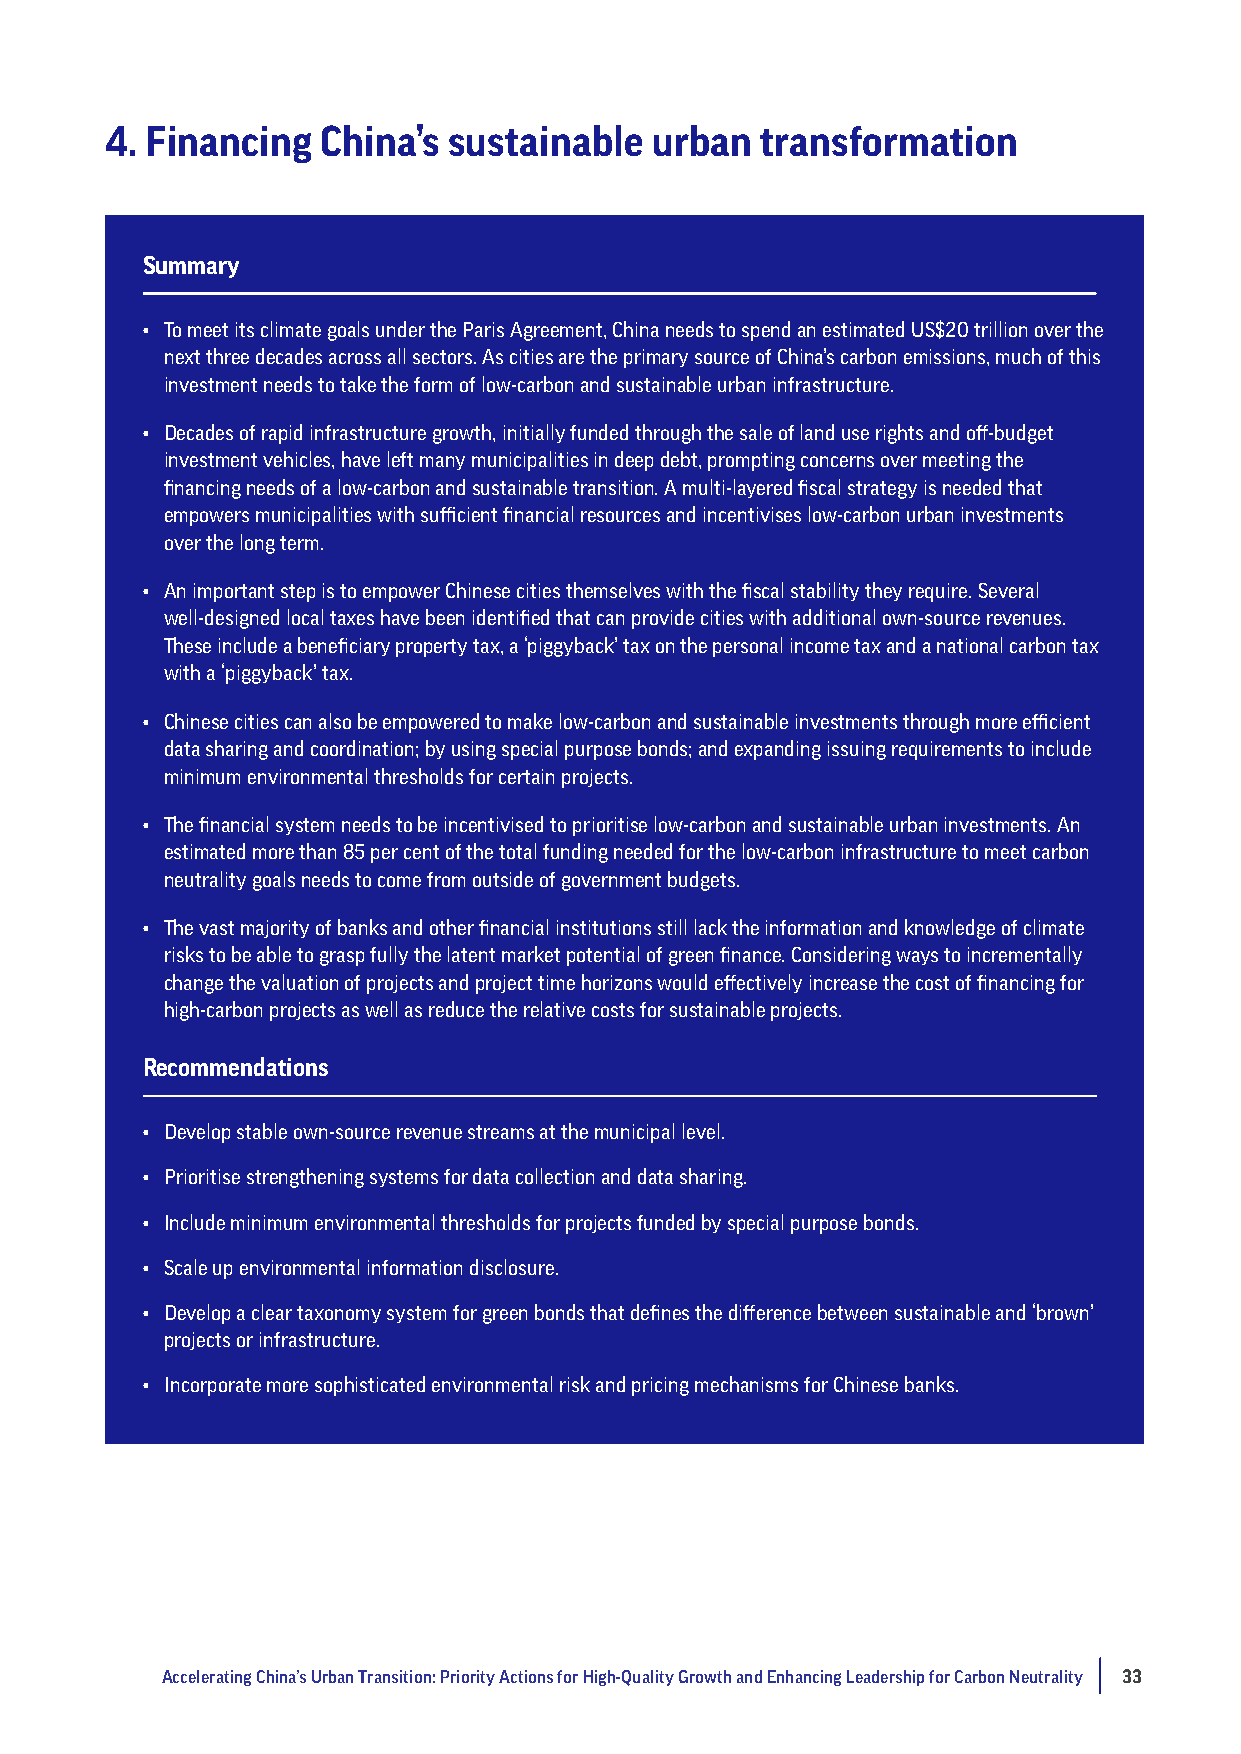
4. Financing  China’s  sustainable  urban  transformation
 Summary
 • To meet its climate goals under the Paris Agreement, China needs to spend an estimated US$20 trillion over the
 next three decades across all sectors. As cities are the primary source of China’s carbon emissions, much of this
 investment needs to take the form of low-carbon and sustainable urban infrastructure.
 • Decades of rapid infrastructure growth, initially funded through the sale of land use rights and off-budget
 investment vehicles, have left many municipalities in deep debt, prompting concerns over meeting the
 financing needs of a low-carbon and sustainable transition. A multi-layered fiscal strategy is needed that
 empowers municipalities with sufficient financial resources and incentivises low-carbon urban investments
 over the long term.
 • An important step is to empower Chinese cities themselves with the fiscal stability they require. Several
 well-designed local taxes have been identified that can provide cities with additional own-source revenues.
 These include a beneficiary property tax, a ‘piggyback’ tax on the personal income tax and a national carbon tax
 with a ‘piggyback’ tax.
 • Chinese cities can also be empowered to make low-carbon and sustainable investments through more efficient
 data sharing and coordination; by using special purpose bonds; and expanding issuing requirements to include
 minimum environmental thresholds for certain projects.
 • The financial system needs to be incentivised to prioritise low-carbon and sustainable urban investments. An
 estimated more than 85 per cent of the total funding needed for the low-carbon infrastructure to meet carbon
 neutrality goals needs to come from outside of government budgets.
 • The vast majority of banks and other financial institutions still lack the information and knowledge of climate
 risks to be able to grasp fully the latent market potential of green finance. Considering ways to incrementally
 change the valuation of projects and project time horizons would effectively increase the cost of financing for
 high-carbon projects as well as reduce the relative costs for sustainable projects.
 Recommendations
 • Develop stable own-source revenue streams at the municipal level.
 • Prioritise strengthening systems for data collection and data sharing.
 • Include minimum environmental thresholds for projects funded by special purpose bonds.
 • Scale up environmental information disclosure.
 • Develop a clear taxonomy system for green bonds that defines the difference between sustainable and ‘brown’
 projects or infrastructure.
 • Incorporate more sophisticated environmental risk and pricing mechanisms for Chinese banks.
 Accelerating China’s Urban Transition: Priority Actions for High-Quality Growth and Enhancing Leadership for Carbon Neutrality 33